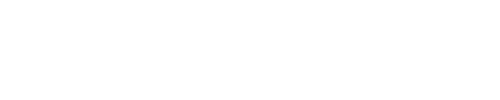
\fbox { \mathrm { i f } e _ { a } e _ { b } = \pm e _ { c } , \mathrm { t h e n } e _ { 2 a } e _ { 2 b } = \pm e _ { 2 c } , }